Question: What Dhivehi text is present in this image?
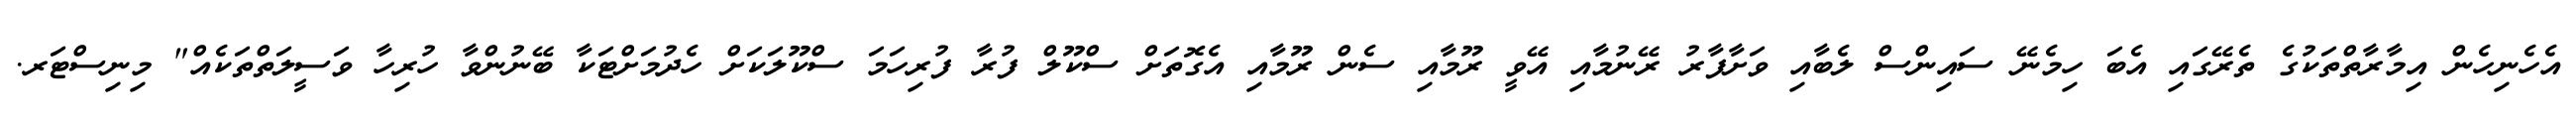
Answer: އެހެނިހެން އިމާރާތްތަކުގެ ތެރޭގައި އެބަ ހިމެނޭ ސައިންސް ލެބާއި ވަށާފާރު ރޭނުމާއި އޭވީ ރޫމާއި ސެން ރޫމާއި އެގޮތަށް ސްކޫލް ފުރާ ފުރިހަމަ ސްކޫލަކަށް ހެދުމަށްޓަކާ ބޭނުންވާ ހުރިހާ ވަސީލަތްތަކެއް" މިނިސްޓަރ.